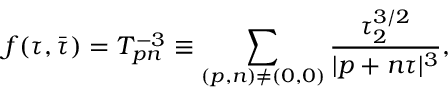
f ( \tau , \bar { \tau } ) = T _ { p n } ^ { - 3 } \equiv \sum _ { ( p , n ) \neq ( 0 , 0 ) } { \frac { \tau _ { 2 } ^ { 3 / 2 } } { | p + n \tau | ^ { 3 } } } ,